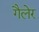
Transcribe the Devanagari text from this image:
गैलेर